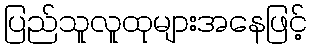
ပြည်သူလူထုများအနေဖြင့်